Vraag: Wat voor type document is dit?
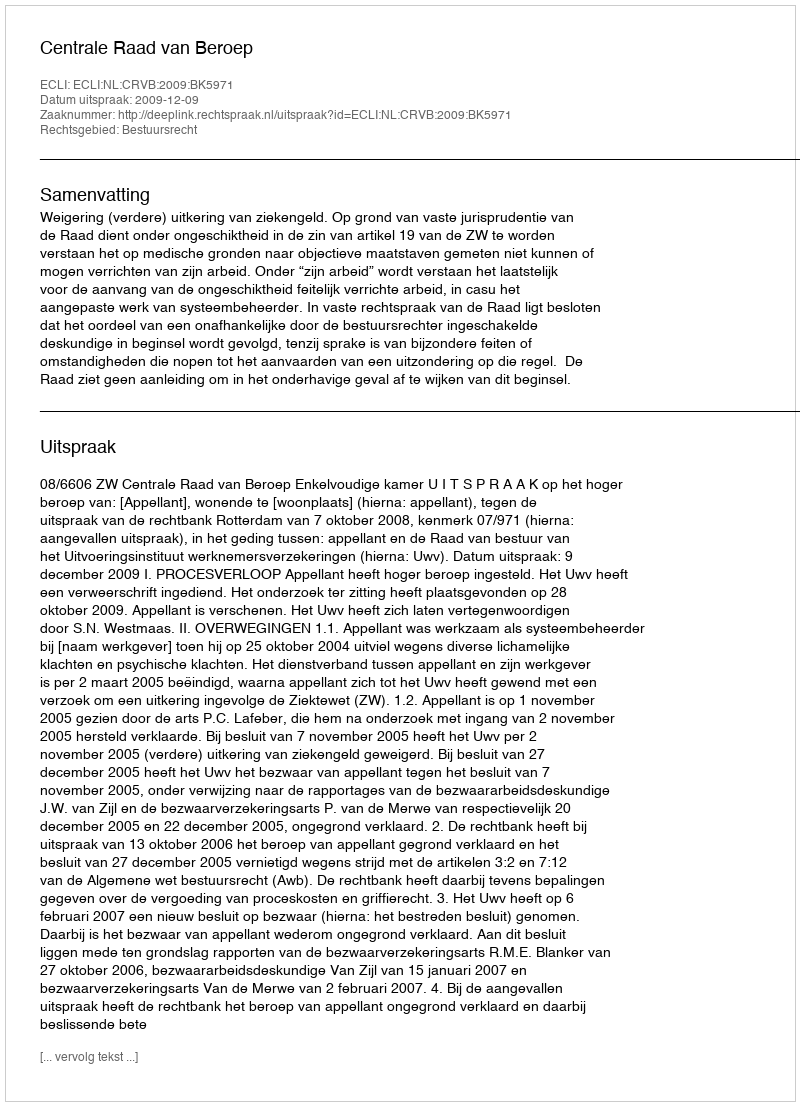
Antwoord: Uitspraak